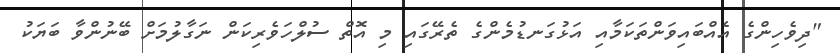
"ދިވެހިންގެ އެއްބައިވަންތަކަމާއި އަޅުގަނޑުމެންގެ ތެރޭގައި މި އޮތް ސުލްހަވެރިކަން ނަގާލުމަށް ބޭނުންވާ ބަޔަކު